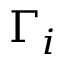
\Gamma _ { i }